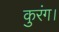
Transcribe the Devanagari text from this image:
कुरंग।